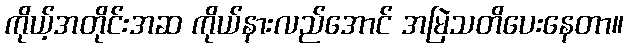
ကိုယ့်အတိုင်းအဆ ကိုယ်နားလည်အောင် အမြဲသတိပေးနေတာ။